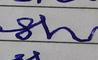
Signature authenticity: forged